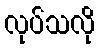
လုပ်သလို